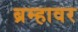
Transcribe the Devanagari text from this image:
ब्रम्हावर